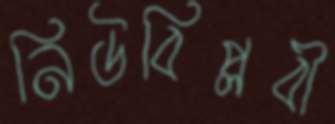
নিউবিপ্লবী